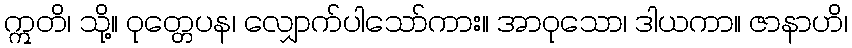
ဣတိ၊ သို့။ ဝုတ္တေပန၊ လျှောက်ပါသော်ကား။ အာဝုသော၊ ဒါယကာ။ ဇာနာဟိ၊